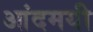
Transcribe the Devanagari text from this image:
आंदमयी